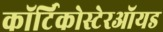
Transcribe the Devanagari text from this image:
कॉर्टिकोस्टेरऑयड